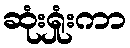
ဆုံးရှုံးကာ